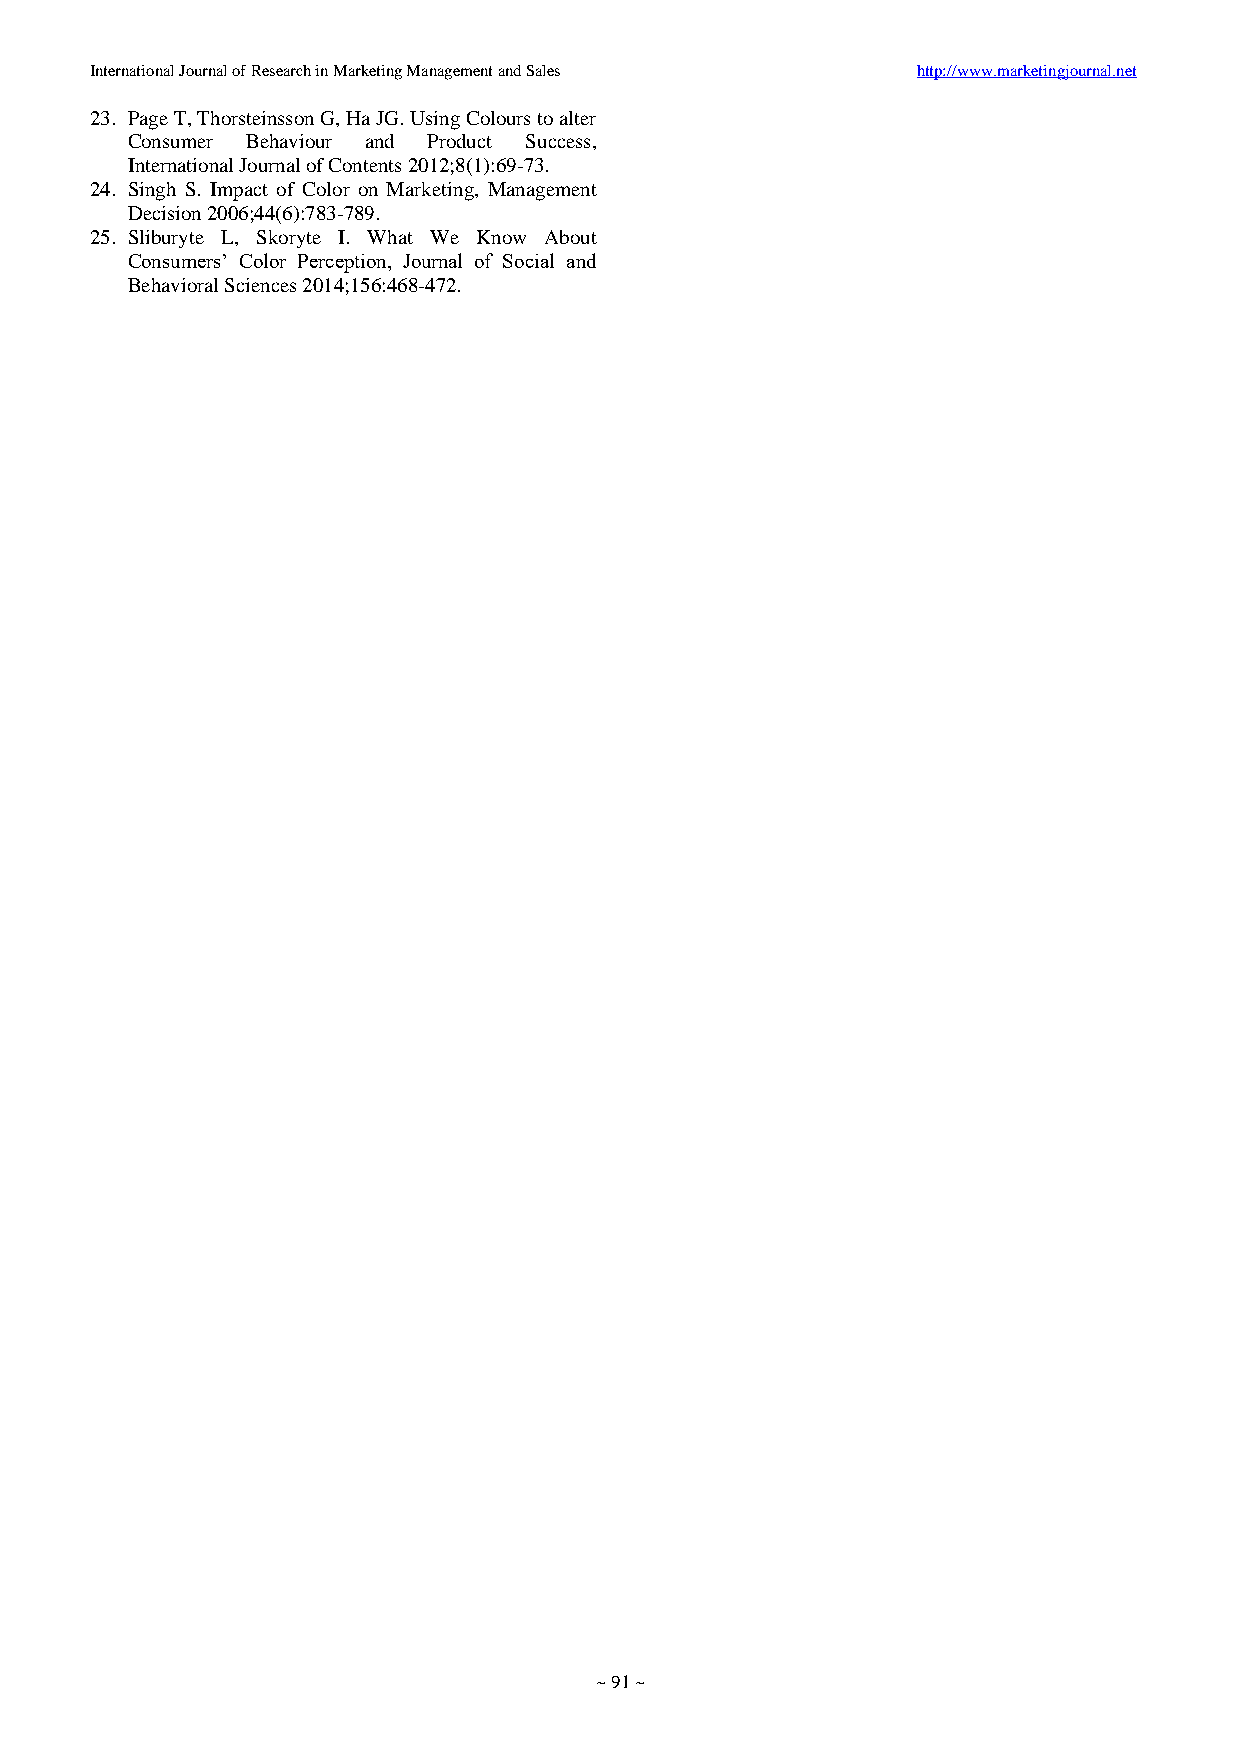
International Journal of Research in Marketing Management and Sales http://www.marketingjournal.net
 23. Page T, Thorsteinsson G, Ha JG. Using Colours to alter
 Consumer Behaviour and Product Success,
 International Journal of Contents 2012;8(1):69-73.
 24. Singh S. Impact of Color on Marketing, Management
 Decision 2006;44(6):783-789.
 25. Sliburyte L, Skoryte I. What We Know About
 Consumers’ Color Perception, Journal of Social and
 Behavioral Sciences 2014;156:468-472.
 ~ 91 ~